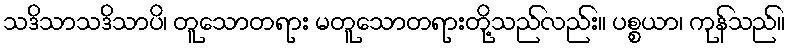
သဒိသာသဒိသာပိ၊ တူသောတရား မတူသောတရားတို့သည်လည်း။ ပစ္စယာ၊ ကုန်သည်။